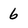
Character: 6